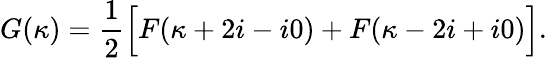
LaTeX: G(\kappa)=\frac{1}{2}\Bigl[F(\kappa+2i-i0)+F(\kappa-2i+i0)\Bigr].